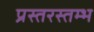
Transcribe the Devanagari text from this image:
प्रस्तरस्तम्भ